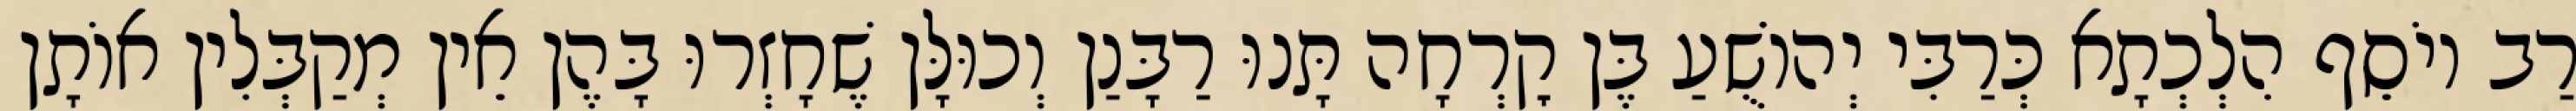
רַב יוֹסֵף הִלְכְתָא כְּרַבִּי יְהוֹשֻׁעַ בֶּן קׇרְחָה תָּנוּ רַבָּנַן וְכוּלָּן שֶׁחָזְרוּ בָּהֶן אֵין מְקַבְּלִין אוֹתָן